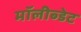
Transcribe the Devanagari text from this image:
मॉलीब्डेट